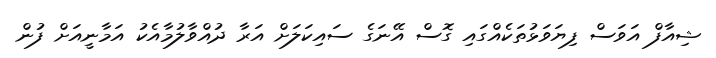
ޝިއާފް އަވަސް ފިޔަވަޅުތަކެއްގައި ގޮސް އޭނަގެ ސައިކަލަށް އަރާ ދުއްވާލުމާއެކު އަމާނީއަށް ފުން